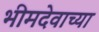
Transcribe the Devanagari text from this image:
भीमदेवाच्या